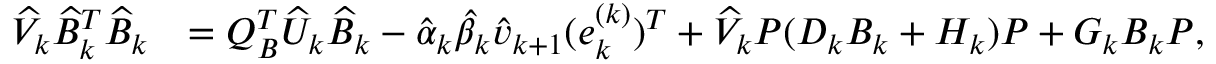
\begin{array} { r l } { \widehat { V } _ { k } \widehat { B } _ { k } ^ { T } \widehat { B } _ { k } } & { = Q _ { B } ^ { T } \widehat { U } _ { k } \widehat { B } _ { k } - \hat { \alpha } _ { k } \hat { \beta } _ { k } \hat { v } _ { k + 1 } ( e _ { k } ^ { ( k ) } ) ^ { T } + \widehat { V } _ { k } P ( D _ { k } B _ { k } + H _ { k } ) P + G _ { k } B _ { k } P , } \end{array}